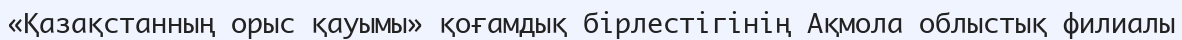
«Қазақстанның орыс қауымы» қоғамдық бірлестігінің Ақмола облыстық филиалы